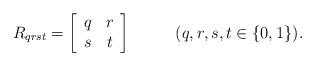
LaTeX: \begin{align*}R_{qrst} &= \left[ \begin{array}{cc} q & r \\ s & t \\ \end{array}\right] \ \ \ \ \ \ \ \ (q,r,s,t \in \{0,1\}).\end{align*}